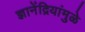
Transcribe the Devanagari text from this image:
ज्ञानेंद्रियांमुळे